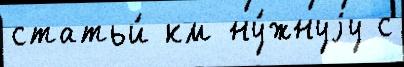
статьи́ км ну́жнуjу с